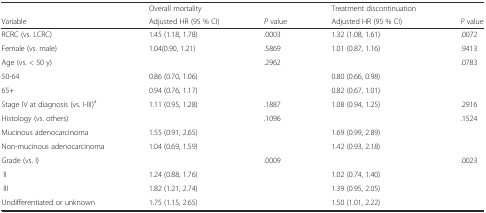
<table><thead><tr><td></td><td><b>Overall mortality</b></td><td></td><td><b>Treatment discontinuation</b></td><td></td></tr><tr><td><b>Variable</b></td><td><b>Adjusted HR (95 % CI)</b></td><td><b><i>P</i> value</b></td><td><b>Adjusted HR (95 % CI)</b></td><td><b><i>P</i> value</b></td></tr></thead><tbody><tr><td>RCRC (vs. LCRC)</td><td>1.45 (1.18, 1.78)</td><td>.0003</td><td>1.32 (1.08, 1.61)</td><td>.0072</td></tr><tr><td>Female (vs. male)</td><td>1.04(0.90, 1.21)</td><td>.5869</td><td>1.01 (0.87, 1.16)</td><td>.9413</td></tr><tr><td>Age (vs. &lt; 50 y)</td><td></td><td>.2962</td><td></td><td>.0783</td></tr><tr><td>50-64</td><td>0.86 (0.70, 1.06)</td><td></td><td>0.80 (0.66, 0.98)</td><td></td></tr><tr><td>65+</td><td>0.94 (0.76, 1.17)</td><td></td><td>0.82 (0.67, 1.01)</td><td></td></tr><tr><td>Stage IV at diagnosis (vs. I-III)<sup>a</sup></td><td>1.11 (0.95, 1.28)</td><td>.1887</td><td>1.08 (0.94, 1.25)</td><td>.2916</td></tr><tr><td>Histology (vs. others)</td><td></td><td>.1096</td><td></td><td>.1524</td></tr><tr><td>Mucinous adenocarcinoma</td><td>1.55 (0.91, 2.65)</td><td></td><td>1.69 (0.99, 2.89)</td><td></td></tr><tr><td>Non-mucinous adenocarcinoma</td><td>1.04 (0.69, 1.59)</td><td></td><td>1.42 (0.93, 2.18)</td><td></td></tr><tr><td>Grade (vs. I)</td><td></td><td>.0009</td><td></td><td>.0023</td></tr><tr><td> II</td><td>1.24 (0.88, 1.76)</td><td></td><td>1.02 (0.74, 1.40)</td><td></td></tr><tr><td> III</td><td>1.82 (1.21, 2.74)</td><td></td><td>1.39 (0.95, 2.05)</td><td></td></tr><tr><td>Undifferentiated or unknown</td><td>1.75 (1.15, 2.65)</td><td></td><td>1.50 (1.01, 2.22)</td><td></td></tr></tbody></table>